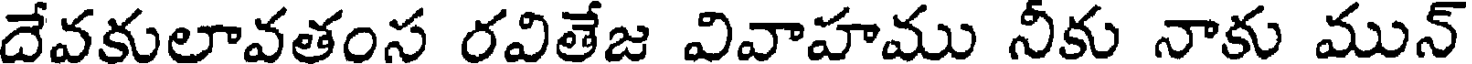
దేవకులావతంస రవితేజ వివాహము నీకు నాకు మున్